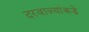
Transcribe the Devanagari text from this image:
दरवाज्यांकडे